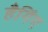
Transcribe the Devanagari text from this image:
हैगिंग